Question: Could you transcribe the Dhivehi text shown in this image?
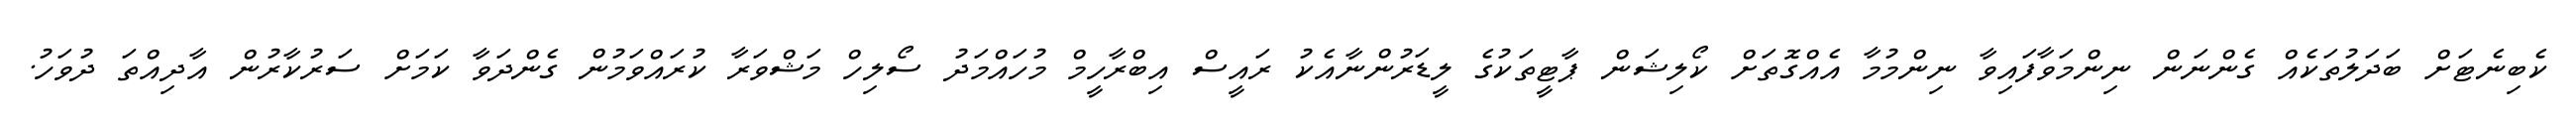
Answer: ކެބިނެޓަށް ބަދަލުތަކެއް ގެންނަން ނިންމަވާފައިވާ ނިންމުމާ އެއްގޮތަށް ކޯލިޝަން ޕާޓީތަކުގެ ލީޑަރުންނާއެކު ރައީސް އިބްރާހީމް މުހައްމަދު ސޯލިހް މަޝްވަރާ ކުރައްވަމުން ގެންދަވާ ކަމަށް ސަރުކާރުން އާދިއްތަ ދުވަހު.